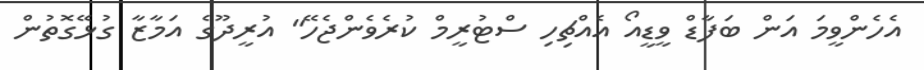
އެހެންވީމަ އަން ބަފާޑް ވީޑީއޯ އެއްޗިހި ސްޓުރީމް ކުރެވެންޖެހޭ" އުރީދޫގެ އަމާޒާ ގުޅޭގޮތުން